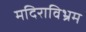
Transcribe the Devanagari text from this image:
मदिराविभ्रम